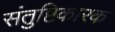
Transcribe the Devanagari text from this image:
संतुष्टिकारक